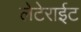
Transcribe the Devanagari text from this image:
लेटेराईट